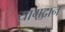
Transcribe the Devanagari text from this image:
यागदान